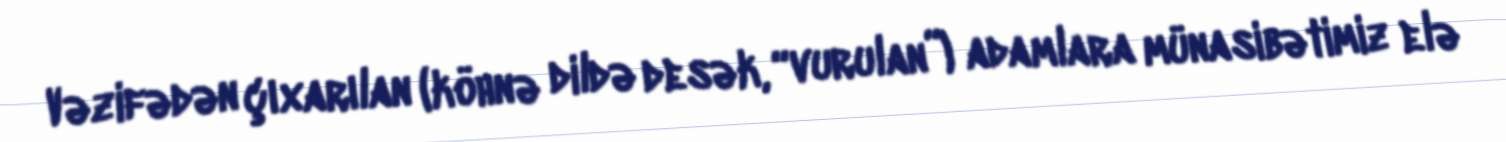
Vəzifədən çıxarılan (köhnə dildə desək, “vurulan”) adamlara münasibətimiz elə